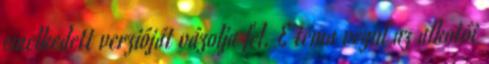
emelkedett verzióját vázolja fel. E téma végül az alkotói